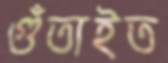
গুঁতাইত